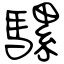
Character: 騾